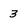
Character: 3